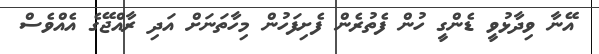
އޭނާ ވިދާޅުވީ ޑެންގީ ހުން ފެތުރެން ފެށިފަހުން މިހާތަނަށް އަދި ރާއްޖޭގެ އެއްވެސް